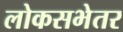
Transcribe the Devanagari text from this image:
लोकसभेतर